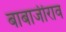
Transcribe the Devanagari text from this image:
बाबाजीराव